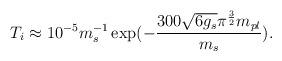
LaTeX: \begin{align*}T_i\approx10^{-5}m_s^{-1}\exp(-\frac{300\sqrt{6g_s}\pi^{\frac{3}{2}}m_{pl}}{m_s}).\end{align*}